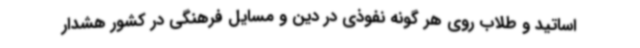
اساتید و طلاب روی هر گونه نفوذی در دین و مسایل فرهنگی در کشور هشدار